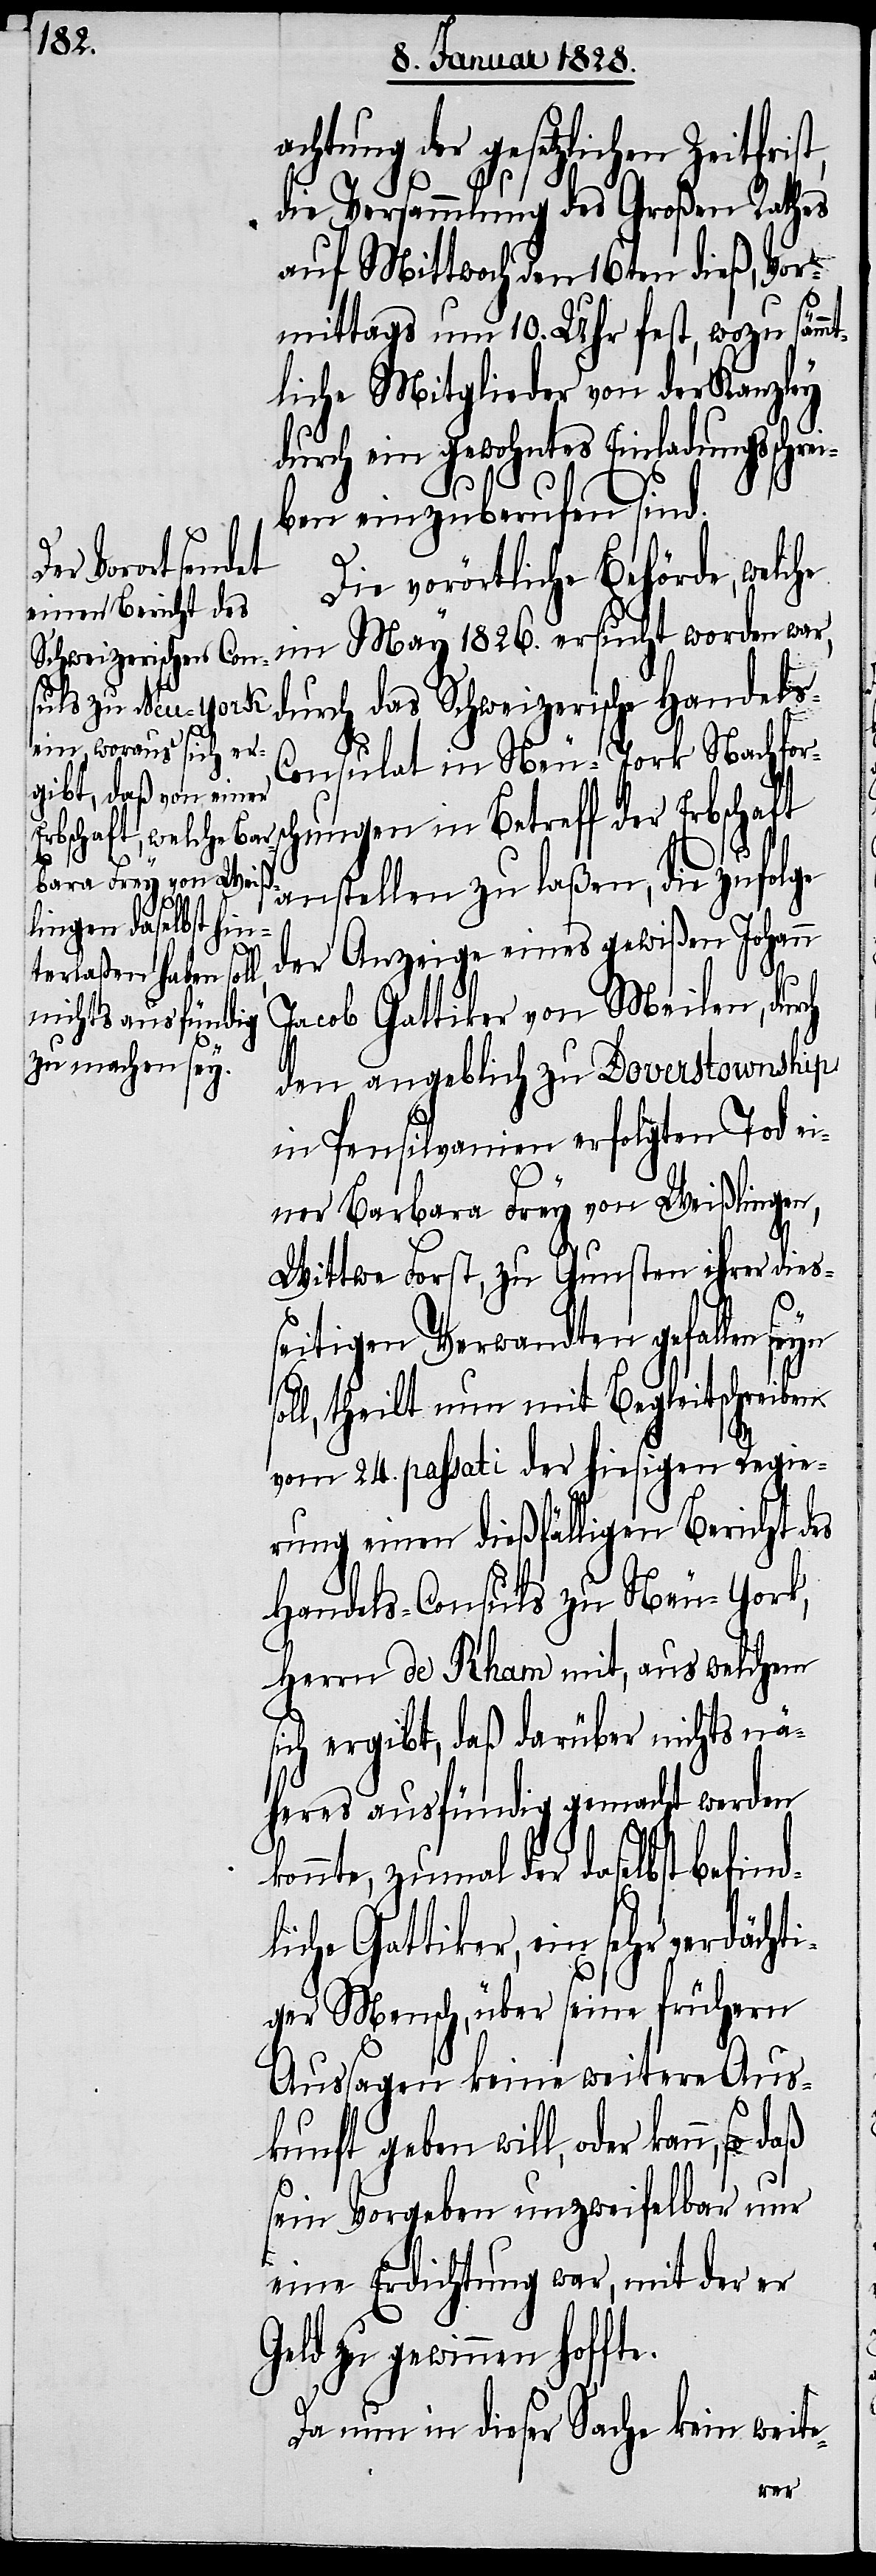
1826.
achtung der gesetzlichen Zeitfri¬
die Versammlung des Großen Rathes
auf Mittwoch den 16ten dieß, Vor¬
te.
mittags um 10. Uhr fest, wozu sämm¬
tliche Mitglieder von der Kanzley
durch ein gewohntes Einladungsschre¬
iben einzuberufen sind.
Die vorörtliche Behörde, welche
durch das Schweizerische Handel¬
onsulat in Neu-York Nachfor¬
chungen in Betreff der Erbschaft
s-C¬
anstellen zu laßen, die zufolge
der Anzeige eines gewißen Johann
Jacob Gattiker von Meilen, durch
den angeblich zu Doverstownship
in Pensilvanien erfolgten Tod ei¬
ner Barbara Frey von Weißlingen,
Wittwe Forst, zu Gunsten ihrer dieß¬
eitigen Verwandten gefallen
theilt nun mit Begleitschreiben
vom 24. passati der hiesigen Regie¬
rung einen dießfälligen Bericht des
Handels-Consuls zu Neu-York,
Herrn de Rham mit, aus welchem
sich ergibt, daß darüber nichts nä¬
heres ausfündig gemacht werden
konnte, zumal der daselbst befind¬
liche Gattiker, ein sehr
iger Mensch, über seine frühern
Aussagen keine weitere Aus¬
kunft geben will, oder kann,
sein Vorgehen unzweifelbar nur
eine Erdichtung war, mit der er
Geld zu gewinnen hoff¬
Da nun in dieser Sache kein weite-
verd¬